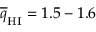
\overline { { q } } _ { \mathrm { H I } } = 1 . 5 - 1 . 6